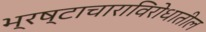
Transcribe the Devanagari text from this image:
भ्रष्टाचाराविरोधातील